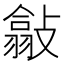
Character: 㪧